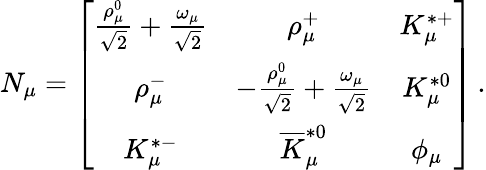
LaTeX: N_{\mu}=\left[\begin{array}{ccc}{{{\frac{\rho_{\mu}^{0}}{\sqrt{2}}}+{\frac{\omega_{\mu}}{\sqrt{2}}}}}&{{\rho_{\mu}^{+}}}&{{K_{\mu}^{*+}}}\\ {{\rho_{\mu}^{-}}}&{{-{\frac{\rho_{\mu}^{0}}{\sqrt{2}}}+{\frac{\omega_{\mu}}{\sqrt{2}}}}}&{{K_{\mu}^{*0}}}\\ {{K_{\mu}^{*-}}}&{{\overline{{K}}_{\mu}^{*0}}}&{{\phi_{\mu}}}\end{array}\right]\, .